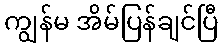
ကျွန်မ အိမ်ပြန်ချင်ပြီ